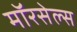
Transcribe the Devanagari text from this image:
मॉरसेल्स